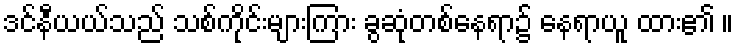
ဒင်နီယယ်သည် သစ်ကိုင်းများကြား ခွဆုံတစ်နေရာ၌ နေရာယူ ထား၏ ။